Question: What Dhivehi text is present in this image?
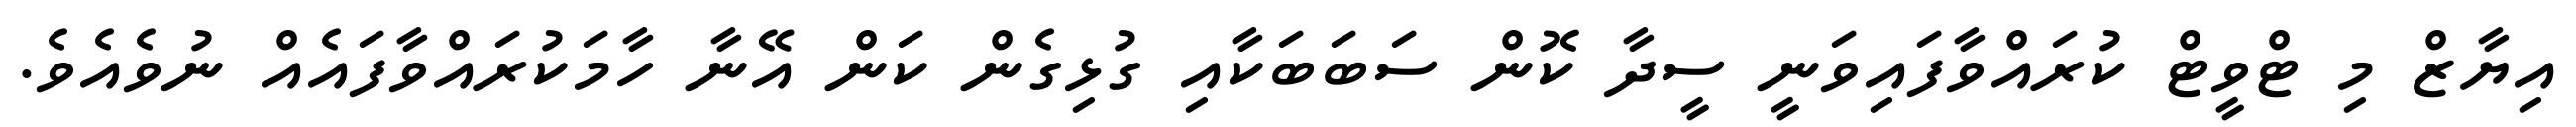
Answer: އިޔާޒް މި ޓްވީޓް ކުރައްވާފައިވަނީ ސީދާ ކޮން ސަބަބަކާއި ގުޅިގެން ކަން އޭނާ ހާމަކުރައްވާފައެއް ނުވެއެވެ.